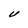
Character: U